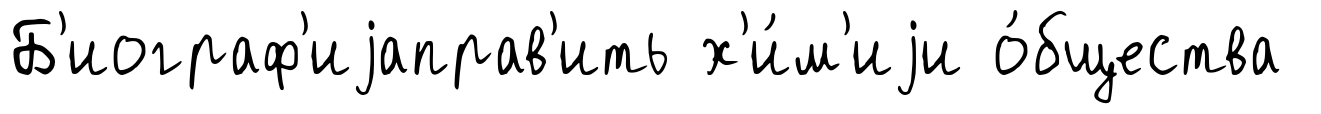
Б'иограф'иjаправ'ить х'и́м'иjи о́бщества